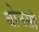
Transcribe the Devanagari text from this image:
बोनसॉ